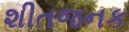
શીતજનક